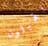
يقبلون